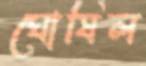
ঘোষিল